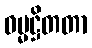
ဓမ္မဋ္ဌိတတာ